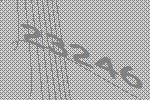
23246